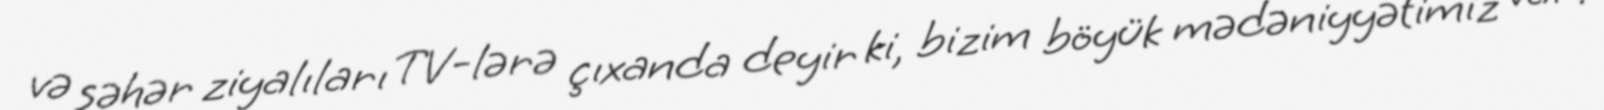
və şəhər ziyalıları TV-lərə çıxanda deyir ki, bizim böyük mədəniyyətimiz var.